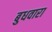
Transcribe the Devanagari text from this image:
बुधवारा